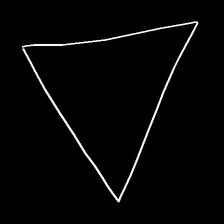
Glyph: convergence